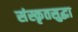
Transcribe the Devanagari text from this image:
संस्कृतसुद्धा